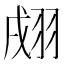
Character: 𦐴